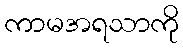
ကာမအရသာကို